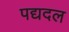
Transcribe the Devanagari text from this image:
पद्यदल